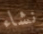
نشاء